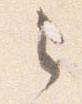
之